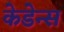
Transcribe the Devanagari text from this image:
केडेन्स